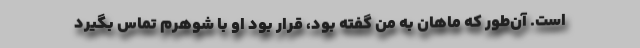
است. آن‌طور که ماهان به من گفته بود، قرار بود او با شوهرم تماس بگیرد